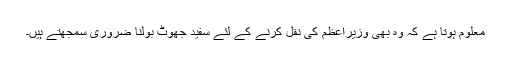
معلوم ہوتا ہے کہ وہ بھی وزیراعظم کی نقل کرنے کے لئے سفید جھوٹ بولنا ضروری سمجھتے ہیں۔